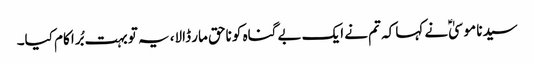
سیدنا موسیٰؑ نے کہا کہ تم نے ایک بے گناہ کو ناحق مار ڈالا، یہ تو بہت بُرا کام کیا۔